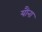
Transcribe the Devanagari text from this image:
यौना